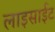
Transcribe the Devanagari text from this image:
लाइसाईट